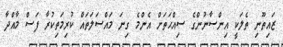
ޒައިތޫނި ތެލަކީ އިންސާނުންގެ ސިއްޙަތަށް އެންމެ ގިނަ މައްސަލަތައް ކުރިމަތިކުރާ ފަސް މާއްދާ